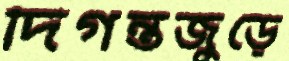
দিগন্তজুড়ে